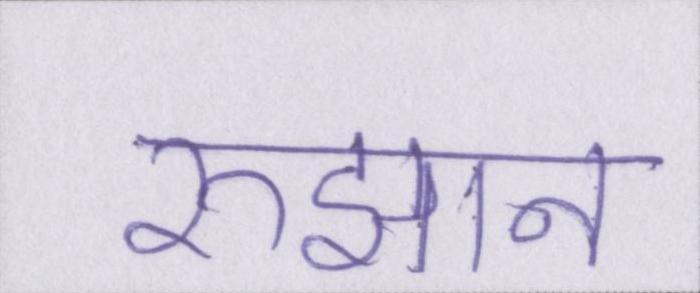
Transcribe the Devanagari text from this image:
रुझान